画像に写った文字を読んでください
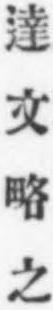
「達文略之」と書いてあります